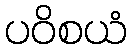
ပဝိစယံ